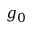
g _ { 0 }